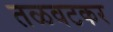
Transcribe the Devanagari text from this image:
तळवटकर